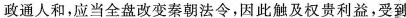
政通人和,应当全盘改变秦朝深令，因此触及权贵利益，受到